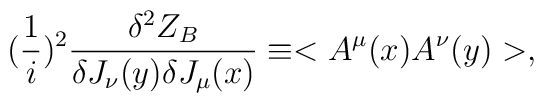
({1\over i})^2{{\delta^2 Z_B}\over{\delta J_\nu(y)\delta J_\mu (x)}}\equiv <A^\mu(x)A^\nu(y)>,